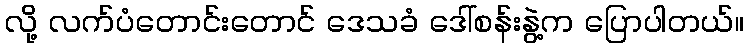
လို့ လက်ပံတောင်းတောင် ဒေသခံ ဒေါ်စန်းနွဲ့က ပြောပါတယ်။